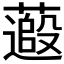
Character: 𫉽